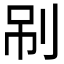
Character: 𠜏